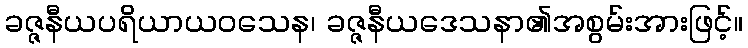
ခဇ္ဇနီယပရိယာယဝသေန၊ ခဇ္ဇနီယဒေသနာ၏အစွမ်းအားဖြင့်။